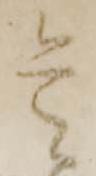
是